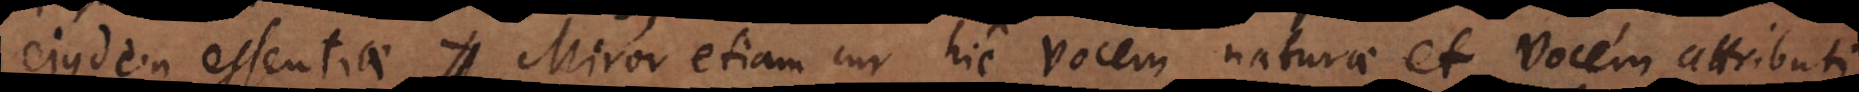
ejusdem essentiae. Miror etiam cur hic vocem naturae et vocem attributi